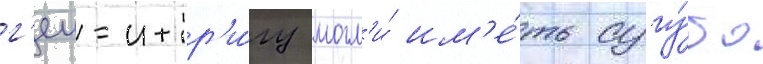
г'еи-интр'и́гу могл'и́ им'е́ть сугу́бо